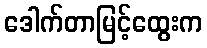
ဒေါက်တာမြင့်ထွေးက